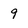
Character: 9